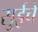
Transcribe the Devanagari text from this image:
सुईचे